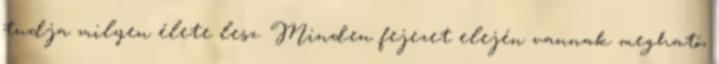
tudja milyen élete lesz. Minden fejezet elején vannak megható,